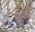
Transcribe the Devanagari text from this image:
दूर्वी